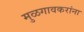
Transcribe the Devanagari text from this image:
मुळगावकरांना